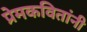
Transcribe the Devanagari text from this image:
प्रेमकवितांनी